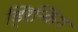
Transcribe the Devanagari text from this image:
ड्रिन्किंग